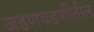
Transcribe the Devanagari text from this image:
जडणघडणीतील